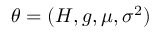
\theta = ( H , g , \mu , \sigma ^ { 2 } )